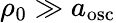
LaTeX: \rho_{0}\gg a_{\mathrm{osc}}